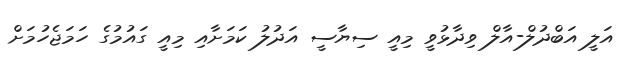
އަލީ އަބްދުލް-އާލް ވިދާޅުވީ މިއީ ސިޔާސީ އަދުލު ކަމަށާއި މިއީ ގައުމުގެ ހަމަޖެހުމަށް